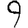
Digit: 9